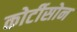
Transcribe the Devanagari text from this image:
कोर्टीसोन